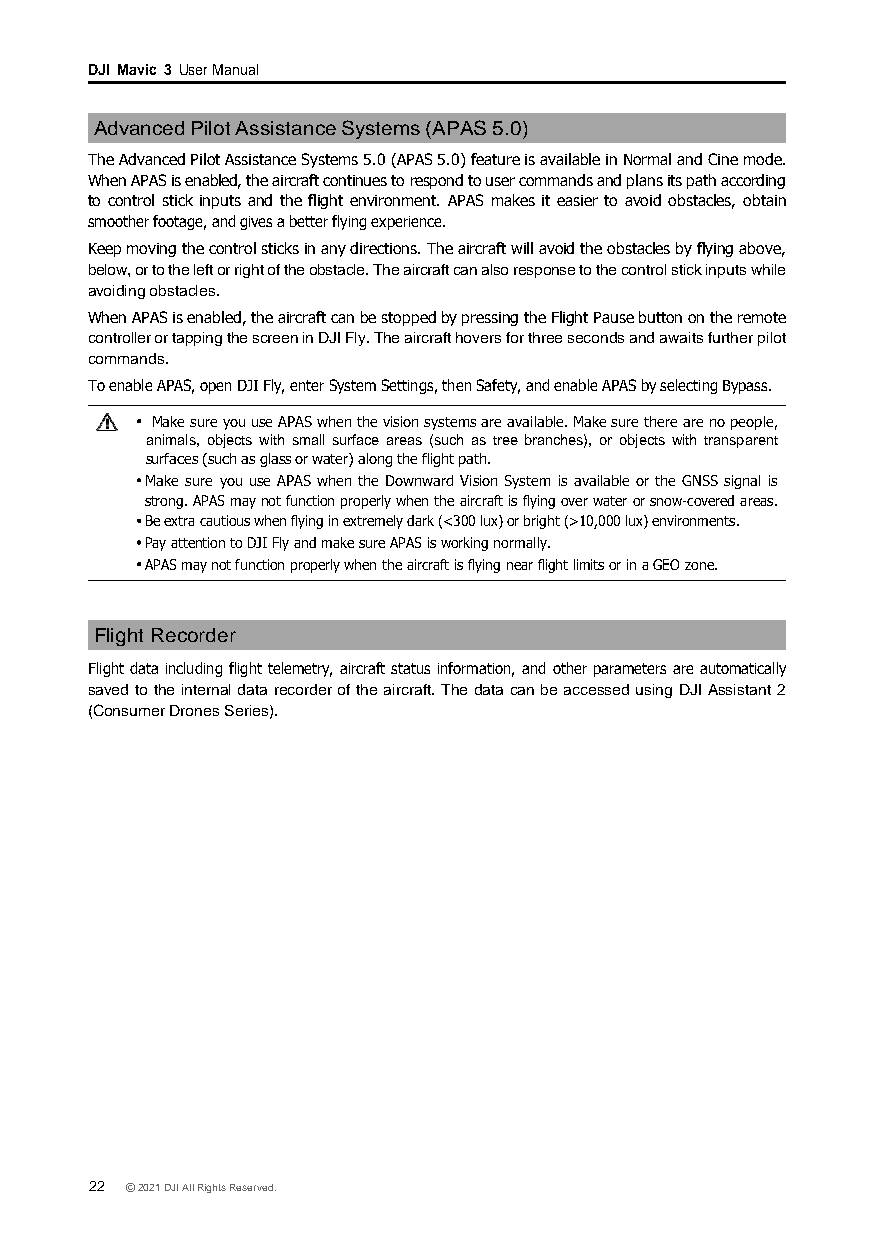
DJI Mavic 3 User Manual
 Advanced Pilot Assistance Systems (APAS 5.0)
 The Advanced Pilot Assistance Systems 5.0 (APAS 5.0) feature is available in Normal and Cine mode.
 When APAS is enabled, the aircraft continues to respond to user commands and plans its path according
 to control stick inputs and the flight environment. APAS makes it easier to avoid obstacles, obtain
 smoother footage, and gives a better flying experience.
 Keep moving the control sticks in any directions. The aircraft will avoid the obstacles by flying above,
 below, or to the left or right of the obstacle. The aircraft can also response to the control stick inputs while
 avoiding obstacles.
 When APAS is enabled, the aircraft can be stopped by pressing the Flight Pause button on the remote
 controller or tapping the screen in DJI Fly. The aircraft hovers for three seconds and awaits further pilot
 commands.
 To enable APAS, open DJI Fly, enter System Settings, then Safety, and enable APAS by selecting Bypass.
 Make sure you use APAS when the vision systems are available. Make sure there are no people,
 animals, objects with small surface areas (such as tree branches), or objects with transparent
 surfaces (such as glass or water) along the flight path.
 Make sure you use APAS when the Downward Vision System is available or the GNSS signal is
 strong. APAS may not function properly when the aircraft is flying over water or snow-covered areas.
 Be extra cautious when flying in extremely dark (<300 lux) or bright (>10,000 lux) environments.
 Pay attention to DJI Fly and make sure APAS is working normally.
 APAS may not function properly when the aircraft is flying near flight limits or in a GEO zone.
 Flight Recorder
 Flight data including flight telemetry, aircraft status information, and other parameters are automatically
 saved to the internal data recorder of the aircraft. The data can be accessed using DJI Assistant 2
 (Consumer Drones Series).
 22 © 2021 DJI All Rights Reserved.